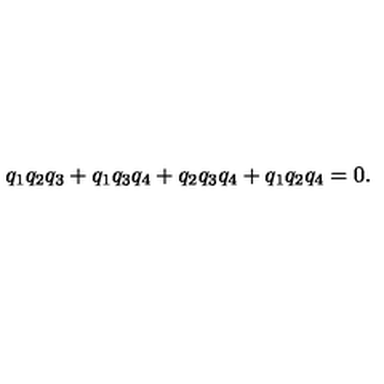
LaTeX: q _ { 1 } q _ { 2 } q _ { 3 } + q _ { 1 } q _ { 3 } q _ { 4 } + q _ { 2 } q _ { 3 } q _ { 4 } + q _ { 1 } q _ { 2 } q _ { 4 } = 0 .